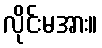
လိုင်းမအား။